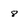
Character: 8